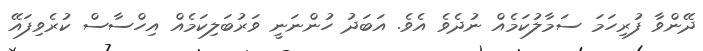
ދޭންވާ ފުރިހަމަ ސަމާލުކަމެއް ނުދެވެ އެވެ. އަބަދު ހުންނަނީ ވަރުބަލިކަމެއް އިހްސާސް ކުރެވިފައޭ